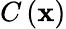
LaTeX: C\left(\mathbf{x}\right)